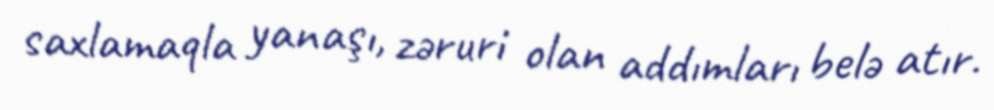
saxlamaqla yanaşı, zəruri olan addımları belə atır.